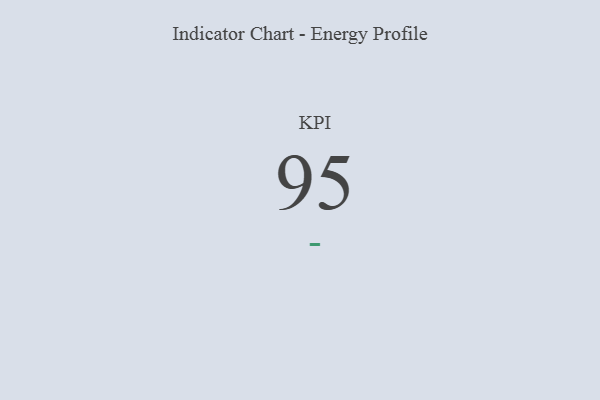
{"axis": {"x": "KPI", "y": "Value"}, "legend": [""], "data": [{"x": "KPI", "y": 95, "type": ""}]}